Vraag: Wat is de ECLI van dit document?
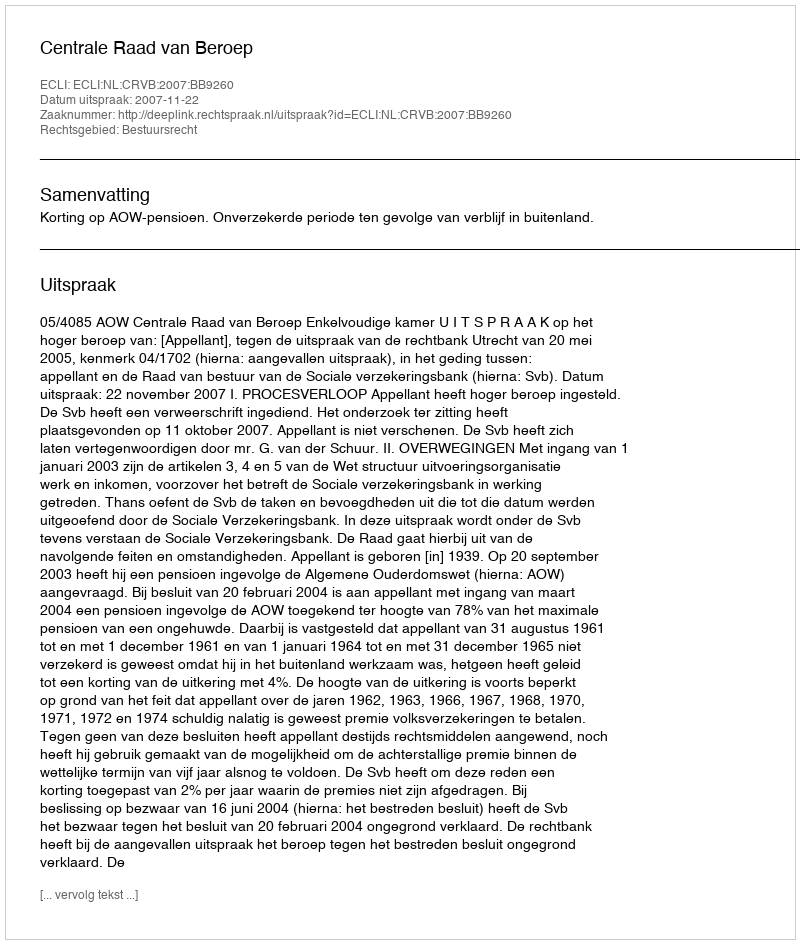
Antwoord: ECLI:NL:CRVB:2007:BB9260